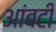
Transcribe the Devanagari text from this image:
आंबटी